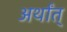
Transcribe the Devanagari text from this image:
अर्थांत्